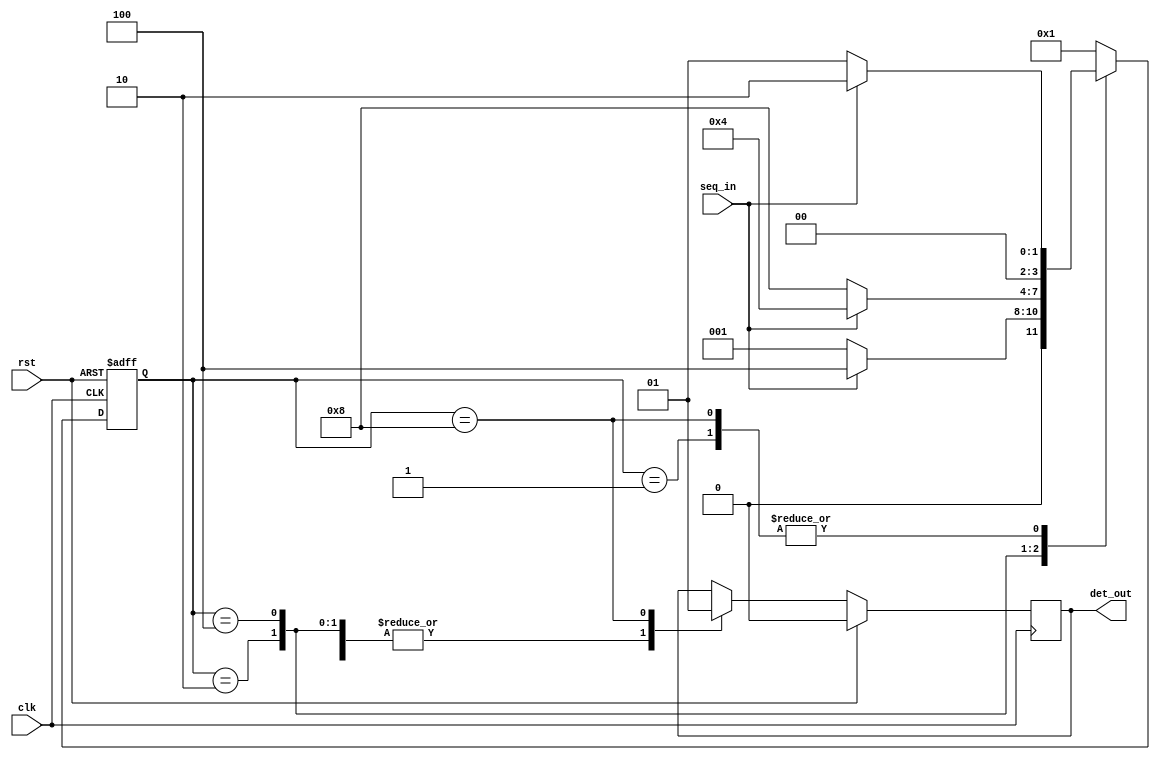
`timescale 1ns / 1ps
//////////////////////////////////////////////////////////////////////////////////
// Company: 
// Engineer: 
// 
// Design Name: 
// Module Name: state_Machine
// Project Name: 
// Target Devices: 
// Tool Versions: 
// Description: 
// 
// Dependencies: 
// 
// Revision:
// Revision 0.01 - File Created
// Additional Comments:
// 
//////////////////////////////////////////////////////////////////////////////////

//This state machine detect the sequence of 110

module state_Machine(clk , rst, seq_in, det_out);

input clk,rst,seq_in;
output reg det_out;

parameter SIZE =4;
parameter IDLE =4'b0001;
parameter SO = 4'b0010;
parameter S1 = 4'b0100;
parameter S2 = 4'b1000;

reg [SIZE-1:0]current_state ,next_state;


always @ (posedge clk  or posedge rst)
begin

    if (rst)
    begin
        current_state <= IDLE;
    end
    else 
    begin
        current_state <= next_state;
    end

end


// combinational logic 

always @ (current_state,seq_in)
begin
    next_state = IDLE ;
    case (current_state)
    
    IDLE:
    begin
        if (seq_in)
        begin
            next_state = SO;
        end
        else
        begin
            next_state =IDLE;
        
        end
    end
    
    SO:
    begin
        if (seq_in)
        begin
            next_state = S1;
        end
        else
        begin
            next_state =IDLE;
        end
    end
    
    S1:
    begin
        if (seq_in)
        begin
            next_state =S1;
        end
        else
        begin
            next_state = S2;
        end
    
    end
    
    S2:
    begin
        if(seq_in)
        begin
            next_state = SO;
        end
        else
        begin
            next_state = IDLE;
        end
    end
    endcase

end

//OUTPUT result 

always @ (negedge clk)
begin
    if (rst)
    begin
        det_out =1'b0;
    
    end
    else
    begin
    case (current_state)
    
        IDLE:
        begin
            det_out =1'b0;
        end
        
        SO:
        begin
             det_out =1'b0;
        end
       
        S1:
        begin
             det_out =1'b0;
        end
       
       S2:
        begin
             det_out =1'b1;
        end
    
    endcase
    
    end
end
endmodule